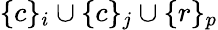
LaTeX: \{ c\} _{i}\cup\{ c\} _{j}\cup\{ r\} _{p}